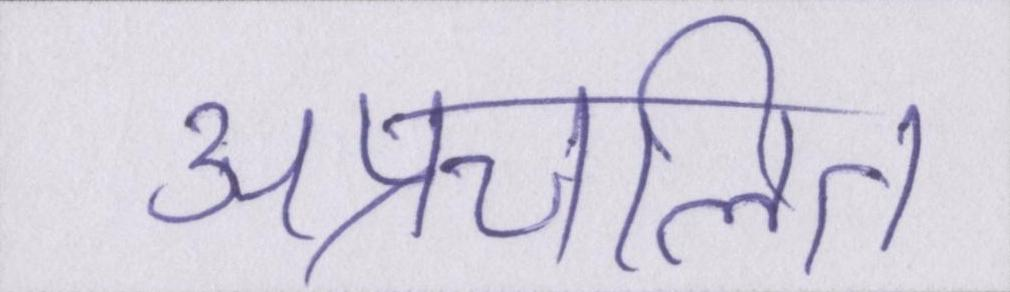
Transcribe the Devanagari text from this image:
अप्रचलित